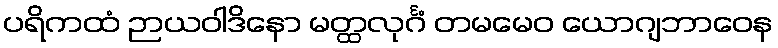
ပရိကထံ ဉာယဝါဒိနော မတ္ထလုင်္ဂံ တမမေဝ ယောဂျဘာဝေန